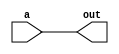
module buf_2_bit(out, a);
input [1:0] a;
output [1:0] out;

buf f(out[0], a[0]),
    s(out[1], a[1]);
endmodule

module buf_4_bit(out, a);
input [3:0] a;
output [3:0] out;

buf_2_bit f(out[1:0], a[1:0]),
          s(out[3:2], a[3:2]);
endmodule

module buf_8_bit(out, a);
input [7:0] a;
output [7:0] out;

buf_4_bit f(out[3:0], a[3:0]),
          s(out[7:4], a[7:4]);
endmodule

module buf_16_bit(out, a);
input [15:0] a;
output [15:0] out;

buf_8_bit f(out[7:0], a[7:0]),
          s(out[15:8], a[15:8]);
endmodule


module sign_extend_16_32(i,o);
input [15:0] i;
output [31:0] o;
wire sign = i[15];


buf_16_bit f(o[15:0], i[15:0]),
           s(o[31:16], {16 {sign}});


endmodule